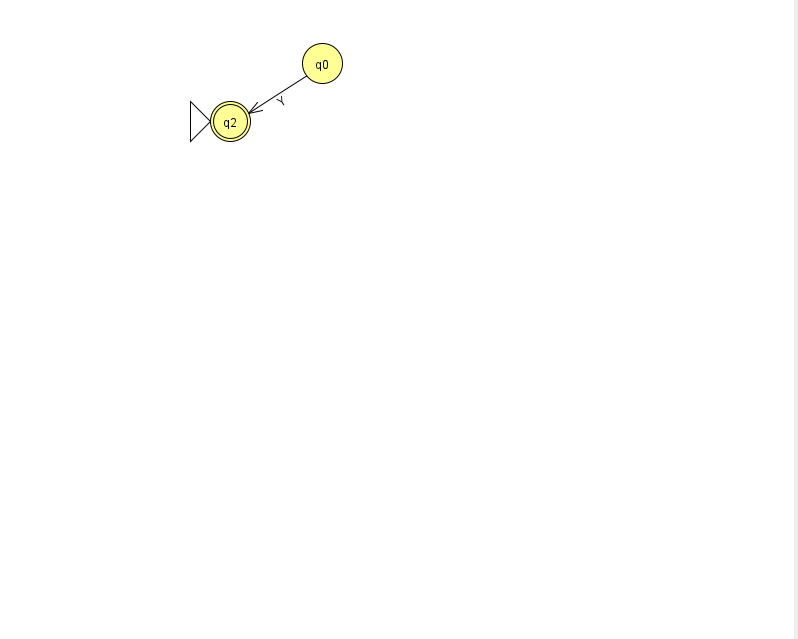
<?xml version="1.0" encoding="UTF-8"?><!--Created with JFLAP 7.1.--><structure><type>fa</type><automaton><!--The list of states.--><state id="0" name="q0"><x>322.0</x><y>50.0</y></state><state id="2" name="q2"><x>230.0</x><y>108.0</y><initial/><final/></state><!--The list of transitions.--><transition><from>0</from><to>2</to><read>Y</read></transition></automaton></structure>